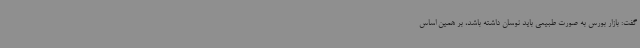
گفت: بازار بورس به صورت طبیعی باید نوسان داشته باشد، بر همین اساس